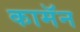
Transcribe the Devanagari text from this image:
कामॅन